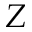
Z